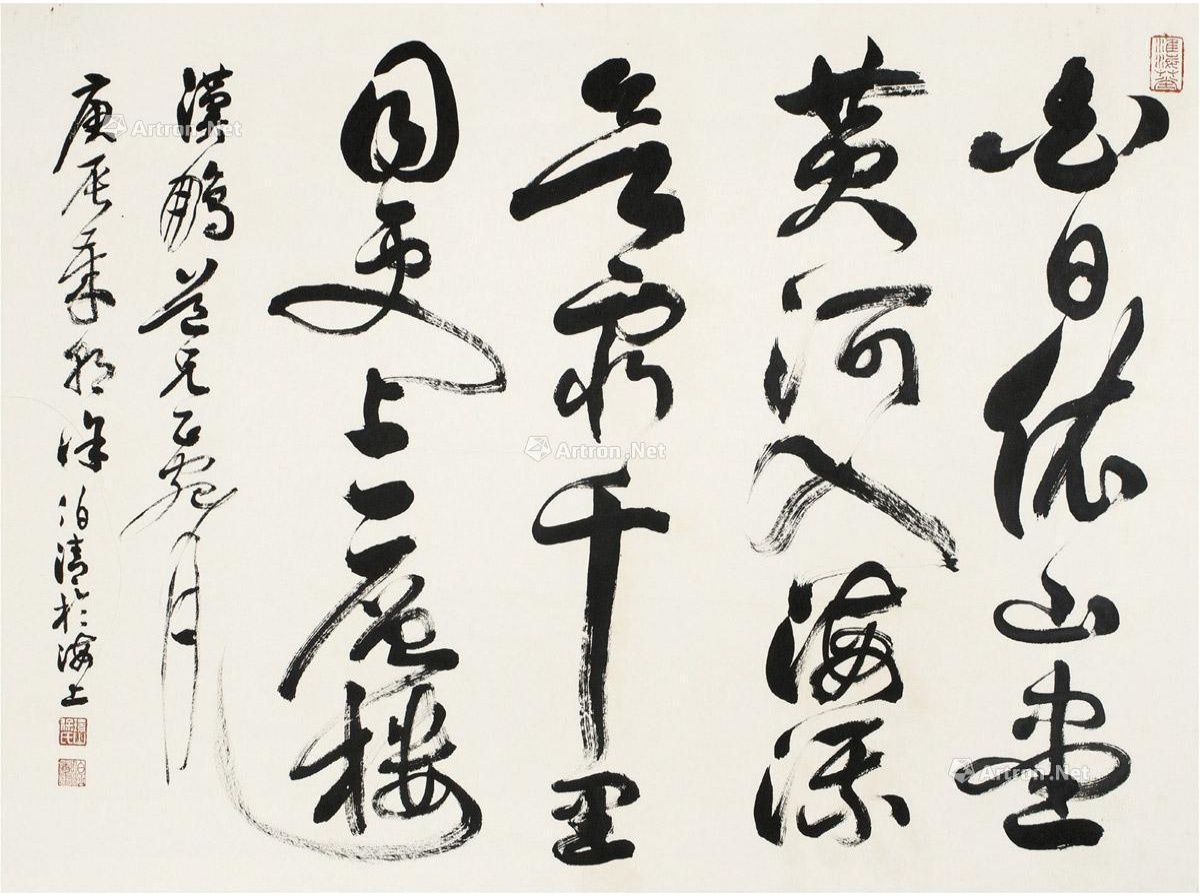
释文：白日依山尽，黄河入海流。欲穷千里目，更上一层楼。汉鹏道兄正腕，庚辰岁朝，徐伯清于海上。